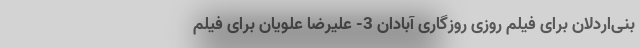
بنی‌اردلان برای فیلم روزی روزگاری آبادان 3- علیرضا علویان برای فیلم